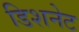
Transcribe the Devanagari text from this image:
डिशनेट